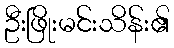
ဦးဖြိုးမင်းသိန်း၏